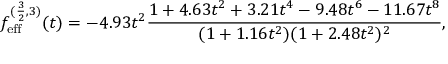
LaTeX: f _ { \mathrm { e f f } } ^ { ( \frac { 3 } { 2 } , 3 ) } ( t ) = - 4 . 9 3 t ^ { 2 } \frac { 1 + 4 . 6 3 t ^ { 2 } + 3 . 2 1 t ^ { 4 } - 9 . 4 8 t ^ { 6 } - 1 1 . 6 7 t ^ { 8 } } { ( 1 + 1 . 1 6 t ^ { 2 } ) ( 1 + 2 . 4 8 t ^ { 2 } ) ^ { 2 } } ,